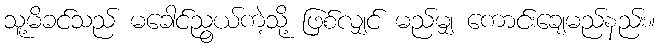
သူ့မိခင်သည် မခေါင်ညွယ်ကဲ့သို့ ဖြစ်လျှင် မည်မျှ ကောင်းချေမည်နည်း။